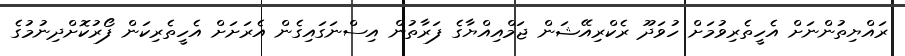
ރައްޔިތުންނަށް އެހީތެރިވުމަށް ހުވަދޫ ރެކްރިއޭޝަން ޖަމްއިއްޔާގެ ފަރާތުން އިސްނަގައިގެން އެރަށަށް އެހީތެރިކަން ފޯރުކޮށްދިނުމުގެ